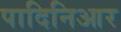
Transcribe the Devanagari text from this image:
पादिनिआर